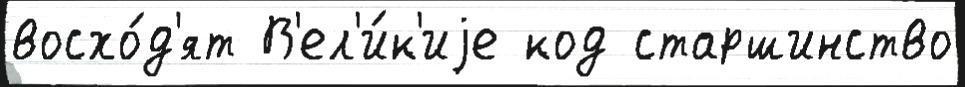
восхо́д'ят В'ел'и́к'иjе код старшинство